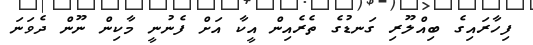
ފިހާރައިގެ ބިއްލޫރި ގަނޑުގެ ތެރެއިން އީކާ އަށް ފެނުނީ މާކިން ނޫން ދެވަނަ